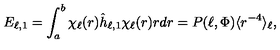
E _ { \ell , 1 } = \int _ { a } ^ { b } \chi _ { \ell } ( r ) \hat { h } _ { \ell , 1 } \chi _ { \ell } ( r ) r d r = P ( \ell , \Phi ) \langle r ^ { - 4 } \rangle _ { \ell } ,